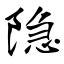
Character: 隐